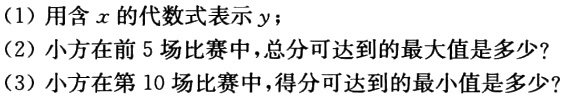
（1）用含\(x\)的代数式表示\(y\)；

（2）小方在前\(5\)场比赛中，总分可达到的最大值是多少？

（3）小方在第\(10\)场比赛中，得分可达到的最小值是多少？